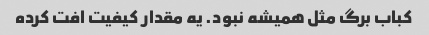
کباب برگ مثل همیشه نبود. یه مقدار کیفیت افت کرده